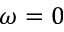
\omega = 0